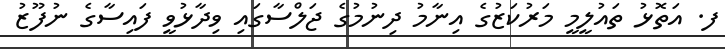
ފ. އަތޮޅު ތައުލީމީ މަރުކަޒުގެ އިނާމު ދިނުމުގެ ޖަލްސާގައި ވިދާޅުވީ ފައިސާގެ ނުފޫޒު